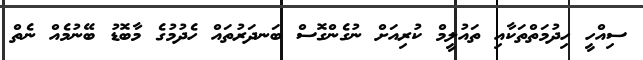
ސިއްހީ ހިދުމަތްތަކާއި ތައުލީމް ކުރިއަށް ނުގެންގޮސް ބަނދަރުތައް ހެދުމުގެ މާބޮޑު ބޭނުމެއް ނެތް